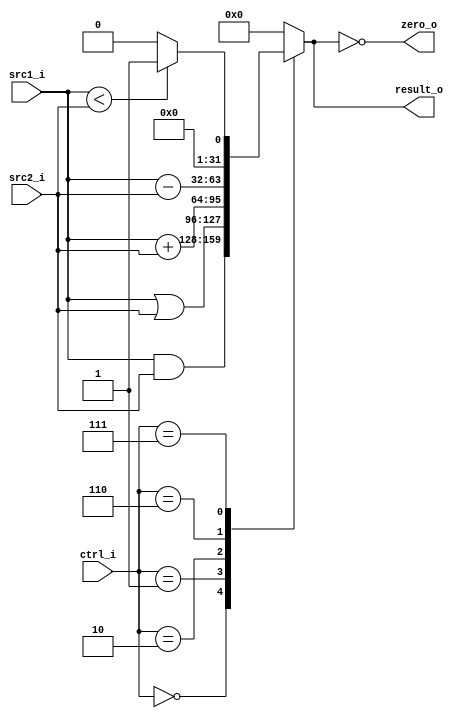
//0610780
//Subject:     CO project 2 - ALU
//--------------------------------------------------------------------------------
//Version:     1
//--------------------------------------------------------------------------------
//Writer:
//----------------------------------------------
//Date:
//----------------------------------------------
//Description:
//--------------------------------------------------------------------------------

module ALU(
    src1_i,
	src2_i,
	ctrl_i,
	result_o,
	zero_o
	);

//I/O ports
input  [32-1:0]  src1_i;
input  [32-1:0]	 src2_i;
input  [4-1:0]   ctrl_i;

output [32-1:0]	 result_o;
output           zero_o;

//Internal signals
reg    [32-1:0]  result_o;
wire             zero_o;

//Parameter

//Main function
assign zero_o = (result_o == 0);
always @ ( * ) begin
    case (ctrl_i)
        // And
        0: result_o <= src1_i & src2_i;
        // Or
        1: result_o <= src1_i | src2_i;
        // Add
        2: result_o <= src1_i + src2_i;
        // Subtract
        6: result_o <= src1_i - src2_i;
        // Set less than
        7: result_o <= (src1_i < src2_i) ? 1 : 0;
        default: result_o <= 0;
    endcase
end

endmodule